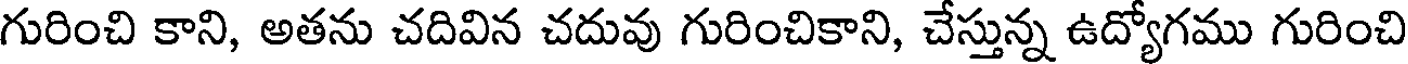
గురించి కాని, అతను చదివిన చదువు గురించికాని, చేస్తున్న ఉద్యోగము గురించి